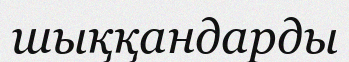
шыққандарды